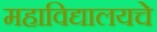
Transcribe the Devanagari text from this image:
महाविद्यालयचे